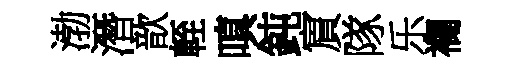
渤潛歆輊嗔鈍賔隊乐襴